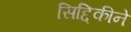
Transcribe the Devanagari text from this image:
सिद्दिकीने